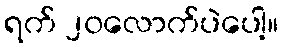
ရက် ၂၀လောက်ပဲပေါ့။